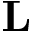
\mathbf { L }